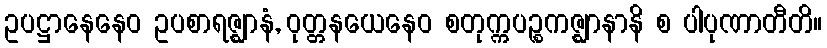
ဥပဋ္ဌာနေနေဝ ဥပစာရဇ္ဈာနံ, ဝုတ္တနယေနေဝ စတုက္ကပဉ္စကဇ္ဈာနာနိ စ ပါပုဏာတီတိ။